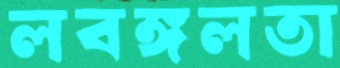
লবঙ্গলতা